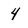
Character: 4